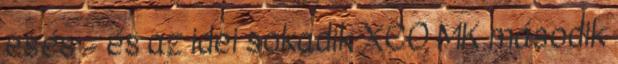
esés – és az idei sokadik XCO MK második